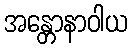
အန္တောနာဝါယ